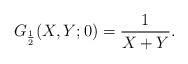
LaTeX: \begin{align*}G_{\frac{1}{2}} (X, Y; 0) = \frac{1}{X+Y}.\end{align*}